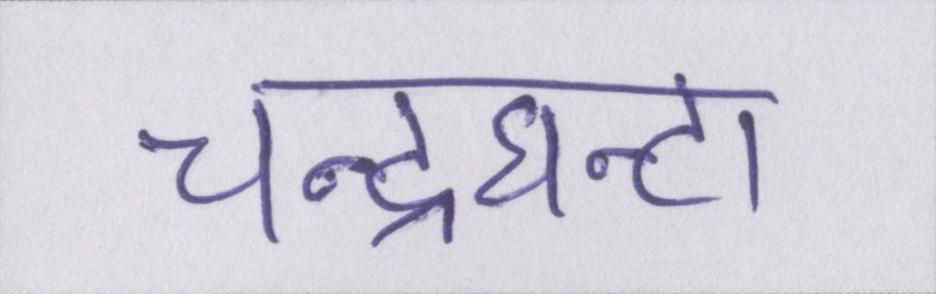
चन्द्रघन्टा